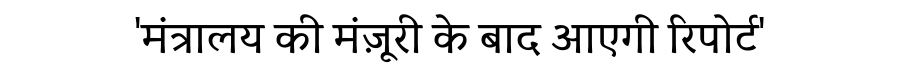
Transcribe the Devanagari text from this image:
'मंत्रालय की मंज़ूरी के बाद आएगी रिपोर्ट'